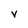
Character: v